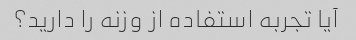
آیا تجربه استفاده از وزنه را دارید؟